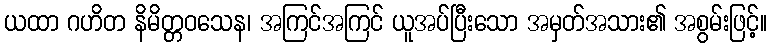
ယထာ ဂဟိတ နိမိတ္တဝသေန၊ အကြင်အကြင် ယူအပ်ပြီးသော အမှတ်အသား၏ အစွမ်းဖြင့်။